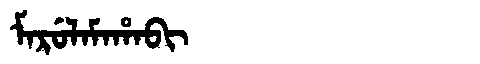
Manchu: ᠮᠠᡵᡠᠯᠠᠮᠠᡥᠠᠪᡳ
Romanization: MARULAMAHABI